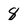
Character: 8